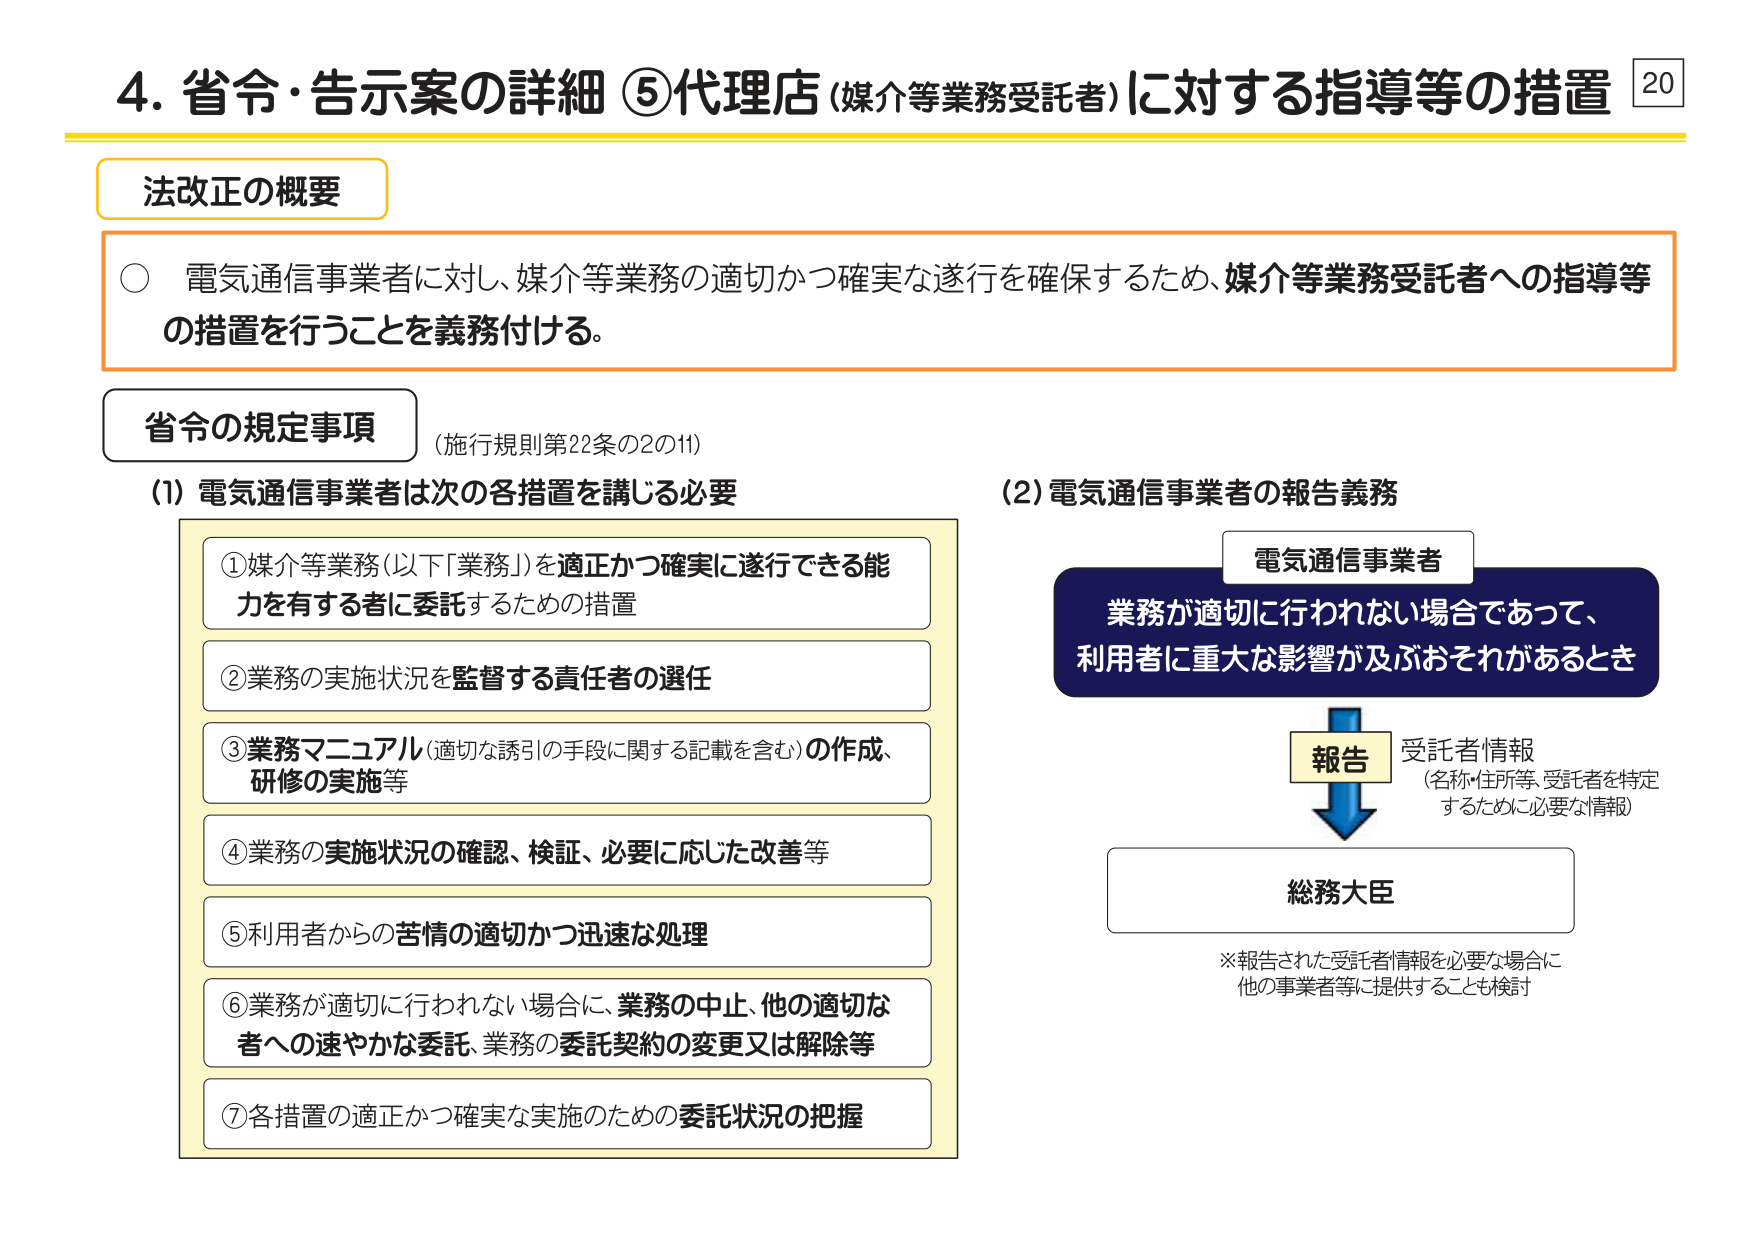
4. 省令・告示案の詳細 ⑤代理店（媒介等業務受託者）に対する指導等の措置 20

法改正の概要

○ 電気通信事業者に対し、媒介等業務の適切かつ確実な遂行を確保するため、媒介等業務受託者への指導等の措置を行うことを義務付ける。

省令の規定事項 （施行規則第22条の2の11）

(1) 電気通信事業者は次の各措置を講じる必要

① 媒介等業務（以下「業務」）を適正かつ確実に遂行できる能力を有する者に委託するための措置

② 業務の実施状況を監督する責任者の選任

③ 業務マニュアル（適切な誘引の手段に関する記載を含む）の作成、研修の実施等

④ 業務の実施状況の確認、検証、必要に応じた改善等

⑤ 利用者からの苦情の適切かつ迅速な処理

⑥ 業務が適切に行われない場合に、業務の中止、他の適切な者への速やかな委託、業務の委託契約の変更又は解除等

⑦ 各措置の適正かつ確実な実施のための委託状況の把握

(2) 電気通信事業者の報告義務

電気通信事業者
業務が適切に行われない場合であって、
利用者に重大な影響が及ぶおそれがあるとき

報告
受託者情報
（名称・住所等、受託者を特定するために必要な情報）

総務大臣

※報告された受託者情報を必要な場合に
他の事業者等に提供することも検討